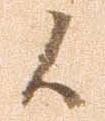
候